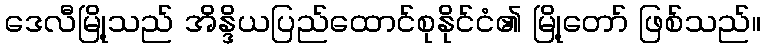
ဒေလီမြို့သည် အိန္ဒိယပြည်ထောင်စုနိုင်ငံ၏ မြို့တော် ဖြစ်သည်။